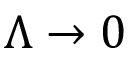
\Lambda \rightarrow 0